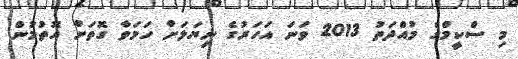
މި ސްކީމްގެ މުއްދަތު 2013 ވަނަ އަހަރުގެ ނިޔަލަށް ހަމަވާ ގޮތަށް އޮތުމުން